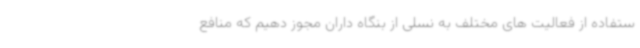
ستفاده از فعالیت های مختلف به نسلی از بنگاه داران مجوز دهیم که منافع